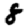
Digit: 8